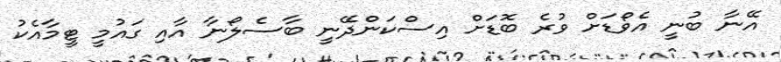
އޭނާ ބުނީ އެވޯޑަށް ވުރެ ބޮޑަށް އިސްކަންދޭނީ ބާސެލޯނާ އާއި ގައުމީ ޓީމާއެކު